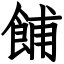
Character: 餔